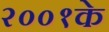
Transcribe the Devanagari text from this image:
२००१के